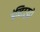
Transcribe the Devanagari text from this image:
इंस्टिटूयूटो